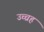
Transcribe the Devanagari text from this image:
उच्चह